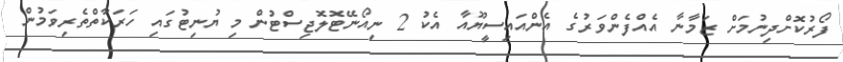
ފޯރުކޮށްދިނުމަށް ޒަމާނާ އެއްފެންވަރުގެ އެންއައިސީޔޫއާ އެކު 2 ނިއޯނޭޓޮލޮޖިސްޓުން މި ޔުނިޓުގައި ހަރަކާތްތެރިވަމުން